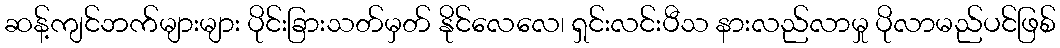
ဆန့်ကျင်ဘက်များများ ပိုင်းခြားသတ်မှတ် နိုင်လေလေ၊ ရှင်းလင်းပီသ နားလည်လာမှု ပိုလာမည်ပင်ဖြစ်